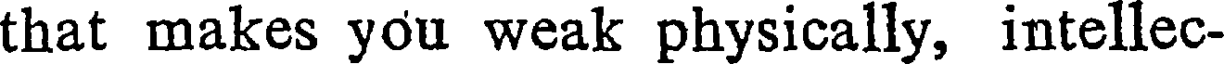
that makes you weak physically, intellec-